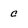
Character: c